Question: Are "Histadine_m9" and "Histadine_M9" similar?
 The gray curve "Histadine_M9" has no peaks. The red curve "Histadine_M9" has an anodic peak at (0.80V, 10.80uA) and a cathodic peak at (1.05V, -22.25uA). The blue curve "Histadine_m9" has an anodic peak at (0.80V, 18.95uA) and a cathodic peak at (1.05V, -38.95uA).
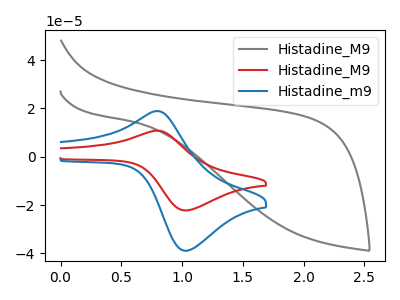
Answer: <think>All the peaks in "Histadine_m9" have a peak in "Histadine_M9" at the same potential. Every peak in "Histadine_m9" is higher than every peak in "Histadine_M9".
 </think>
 <answer>"Histadine_m9" and "Histadine_M9" are similar in shape.</answer>
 <eval>same_shape</eval>